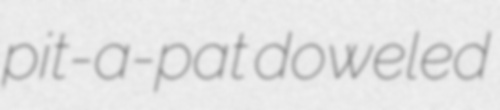
pit-a-pat doweled